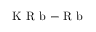
\mathrm { ~ K ~ R ~ b ~ } { - } \mathrm { ~ R ~ b ~ }